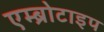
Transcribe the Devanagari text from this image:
एम्ब्रोटाइप